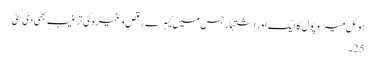
ہوٹل میٹرو پول کا ایک اور اشتہار جس میں کیبرے رقص وغیرہ کی ترغیب بھی دی گئی
25۔